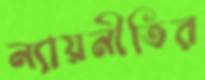
ন্যায়নীতির